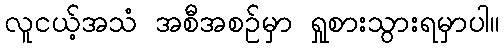
လူငယ့်အသံ အစီအစဉ်မှာ ရှုစားသွားရမှာပါ။